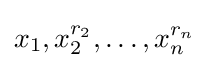
x_{1},x_{2}^{r_{2}},\dots ,x_{n}^{r_{n}}